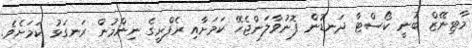
މާޓިނޭޒް ބުނީ ކޯސްޓާ ދަނޑުން ފޮނުވާލަންޖެހޭ ކަމަށާއި ރެފްރީގެ ނިންމުން ރަނގަޅު ކަމަށެވެ.